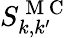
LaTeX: S_{k,k^{\prime}}^{\mathrm{~M~C~}}